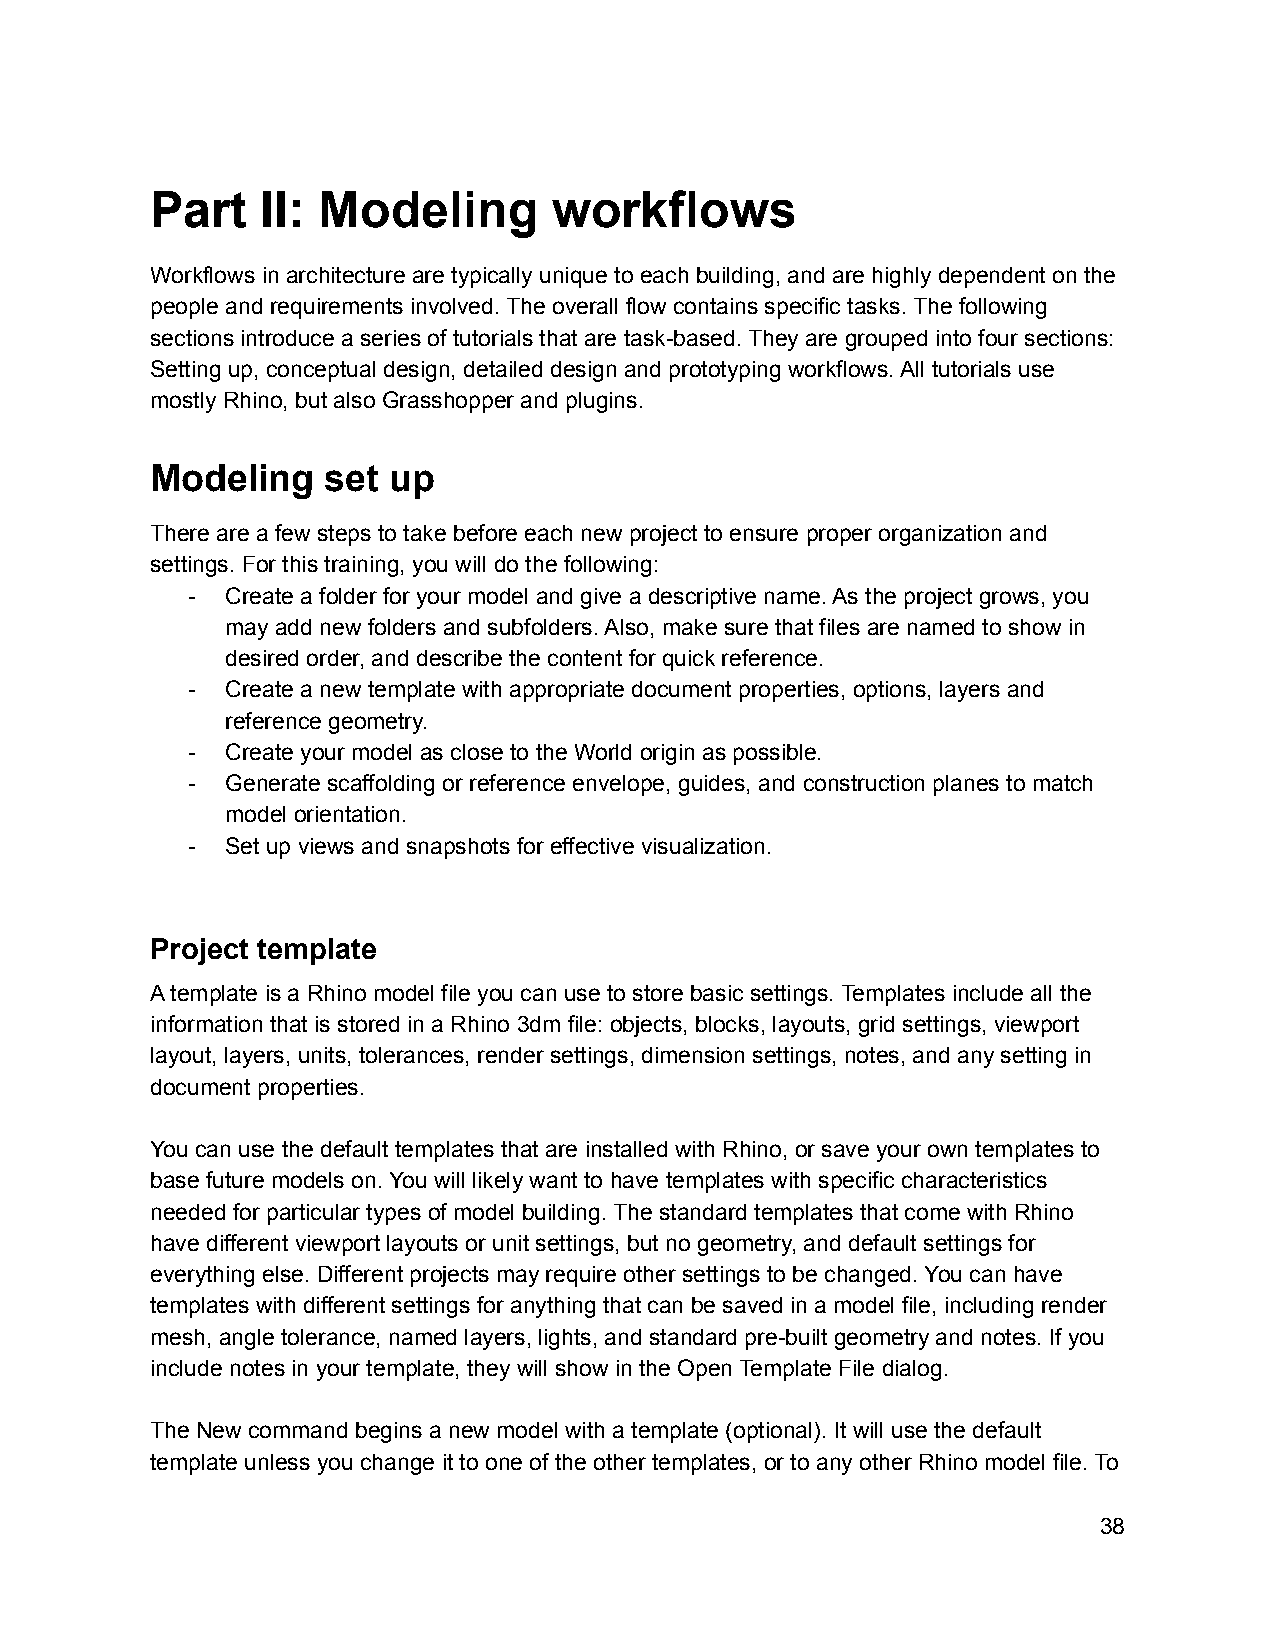
Part   II: Modeling        workflows
 Workflows in architecture are typically unique to each building, and are highly dependent on the
 people and requirements involved. The overall flow contains specific tasks. The following
 sections introduce a series of tutorials that are task-based. They are grouped into four sections:
 Setting up, conceptual design, detailed design and prototyping workflows. All tutorials use
 mostly Rhino, but also Grasshopper and plugins.
 Modeling    set up
 There are a few steps to take before each new project to ensure proper organization and
 settings. For this training, you will do the following:
 -  Create a folder for your model and give a descriptive name. As the project grows, you
 may add new folders and subfolders. Also, make sure that files are named to show in
 desired order, and describe the content for quick reference.
 -  Create a new template with appropriate document properties, options, layers and
 reference geometry.
 -  Create your model as close to the World origin as possible.
 -  Generate scaffolding or reference envelope, guides, and construction planes to match
 model orientation.
 -  Set up views and snapshots for effective visualization.
 Project template
 A template is a Rhino model file you can use to store basic settings. Templates include all the
 information that is stored in a Rhino 3dm file: objects, blocks, layouts, grid settings, viewport
 layout, layers, units, tolerances, render settings, dimension settings, notes, and any setting in
 document properties.
 You can use the default templates that are installed with Rhino, or save your own templates to
 base future models on. You will likely want to have templates with specific characteristics
 needed for particular types of model building. The standard templates that come with Rhino
 have different viewport layouts or unit settings, but no geometry, and default settings for
 everything else. Different projects may require other settings to be changed. You can have
 templates with different settings for anything that can be saved in a model file, including render
 mesh, angle tolerance, named layers, lights, and standard pre-built geometry and notes. If you
 include notes in your template, they will show in the Open Template File dialog.
 The New command begins a new model with a template (optional). It will use the default
 template unless you change it to one of the other templates, or to any other Rhino model file. To
 38